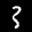
Label: 3